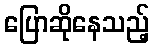
ပြောဆိုနေသည့်